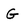
Character: G